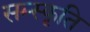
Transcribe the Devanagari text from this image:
सम्स्कृति